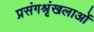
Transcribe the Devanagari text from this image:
प्रसंगश्रृंखलाओं